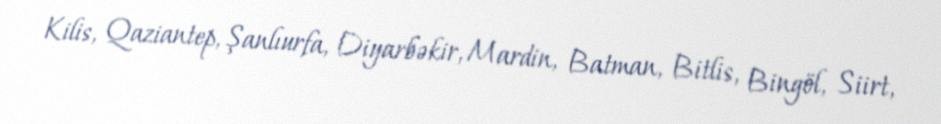
Kilis, Qaziantep, Şanlıurfa, Diyarbəkir, Mardin, Batman, Bitlis, Bingöl, Siirt,